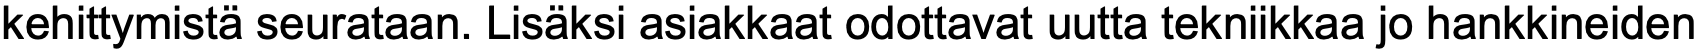
kehittymistä seurataan. Lisäksi asiakkaat odottavat uutta tekniikkaa jo hankkineiden